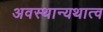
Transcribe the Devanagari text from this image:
अवस्थान्यथात्व